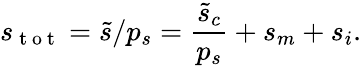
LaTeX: s_{\mathrm{~t~o~t~}}=\tilde{s}/p_{s}=\frac{\tilde{s}_{c}}{p_{s}}+s_{m}+s_{i}.